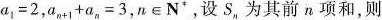
$$a _ { 1 } = 2$$，$$a _ { n + 1 } + a _ {